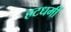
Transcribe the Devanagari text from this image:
हटधमीं